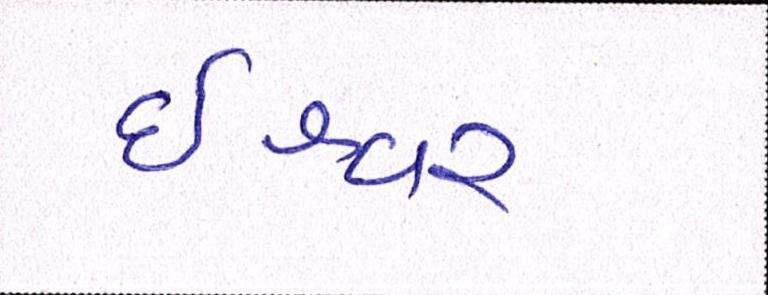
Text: ઈશ્વર